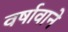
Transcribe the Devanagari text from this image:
वर्षावाने